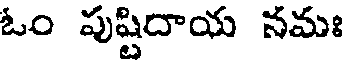
ఓం పుష్టిదాయ నమః